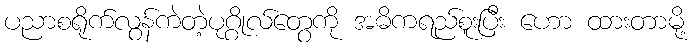
ပညာစရိုက်လွန်ကဲတဲ့ပုဂ္ဂိုလ်တွေကို အဓိကရည်စူးပြီး ဟော ထားတာမို့